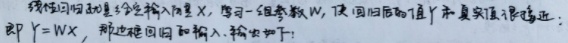
线性回归是给定输入量\(X\)，学习一组参数\(W\)，使回归后的 值\(Y\)和真实值很接近，即 \(Y = WX\)。边框回归的输入、输出如下：